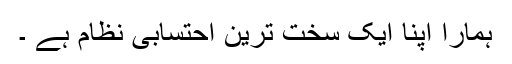
ہمارا اپنا ایک سخت ترین احتسابی نظام ہے ۔